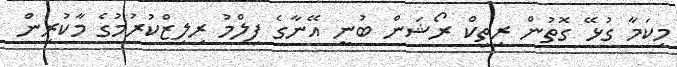
މިކަމާ ގުޅޭ ގޮތުން ރިތިކް ރޯޝަން ބުނީ އޭނާގެ ފިލްމު ރިލިޒްކުރުމުގެ މާކުރިން